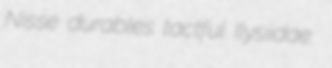
Nisse durables tactful Ilysiidae